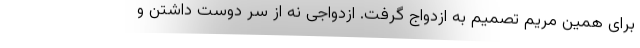
برای همین مریم تصمیم به ازدواج گرفت. ازدواجی نه از سر دوست داشتن و